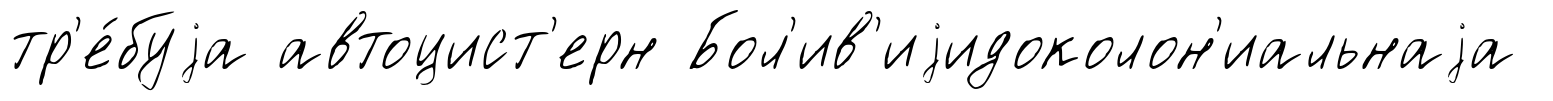
тр'е́буjа автоцист'ерн Бол'ив'иjидоколон'иальнаjа